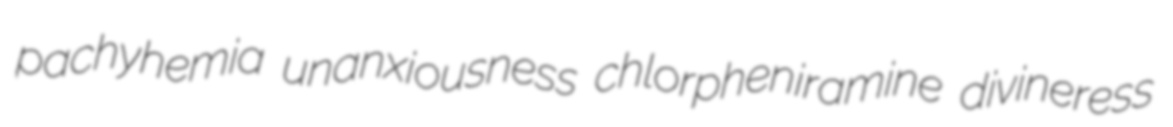
pachyhemia unanxiousness chlorpheniramine divineress